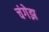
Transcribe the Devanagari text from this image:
चंगेझ